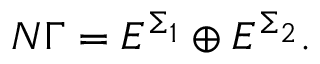
N \Gamma = E ^ { \Sigma _ { 1 } } \oplus E ^ { \Sigma _ { 2 } } .